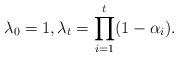
LaTeX: \begin{align*}\lambda_0=1, \lambda_t=\prod_{i=1}^{t}(1-\alpha_i).\end{align*}